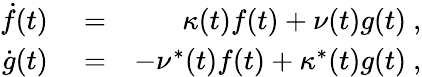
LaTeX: \begin{array}{rlr}{\dot{f}(t)}&{{}=}&{\kappa(t)f(t)+\nu(t)g(t)\ ,}\\ {\dot{g}(t)}&{{}=}&{-\nu^{*}(t)f(t)+\kappa^{*}(t)g(t)\ ,}\end{array}